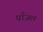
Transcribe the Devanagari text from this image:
प्राँजल